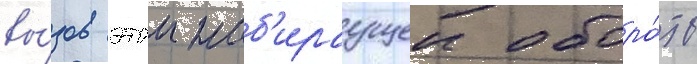
вы́зов этои наб'ираущеи оборо́ты